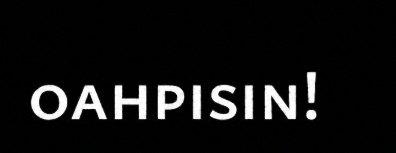
oahpisin!